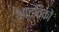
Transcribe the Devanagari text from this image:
आटविकों